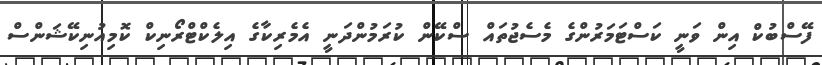
ފޭސްބުކް އިން ވަނީ ކަސްޓަމަރުންގެ މެސެޖުތައް ސްކޭން ކުރަމުންދަނީ އެމެރިކާގެ އިލެކްޓްރޯނިކް ކޮމިއުނިކޭޝަންސް